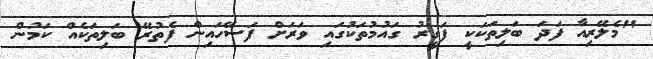
"މެލޭރިއާ ފަދަ ބަލިތަކަކީ ފަގީރު ގައުމުތަކުގައި ވަރަށް ފަސޭހައިން ފެތުރޭ ބަލިތަކެއް ކަމުން